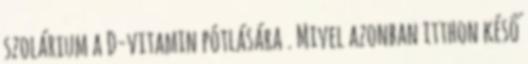
szolárium a D-vitamin pótlására . Mivel azonban itthon késő